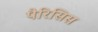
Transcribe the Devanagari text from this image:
पैरिसिस